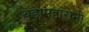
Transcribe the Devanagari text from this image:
बडामहारानी